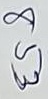
853